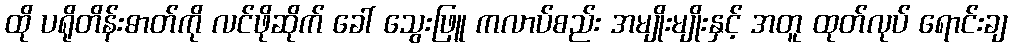
ထို ပရိုတိန်းဓာတ်ကို လင်ဖိုဆိုက် ခေါ် သွေးဖြူ ကလာပ်စည်း အမျိုးမျိုးနှင့် အတူ ထုတ်လုပ် ရောင်းချ